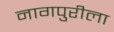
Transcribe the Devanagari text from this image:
नागपुरीला